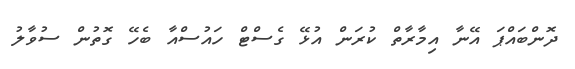
ދޮންބައްޕަ އޭނާ އިމާރާތް ކުރަން އުޅޭ ގެސްޓް ހައުސްއާ ބެހޭ ގޮތުން ސުވާލު